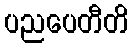
ပညပေတီတိ